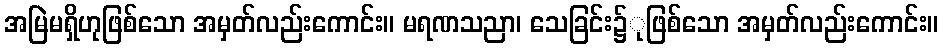
အမြဲမရှိဟုဖြစ်သော အမှတ်လည်းကောင်း။ မရဏသညာ၊ သေခြင်း၌ုဖြစ်သော အမှတ်လည်းကောင်း။